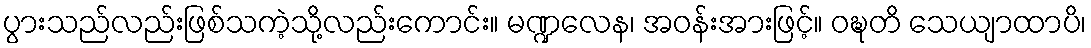
ပွားသည်လည်းဖြစ်သကဲ့သို့လည်းကောင်း။ မဏ္ဍလေန၊ အဝန်းအားဖြင့်။ ဝဍ္ဎတိ သေယျာထာပိ၊